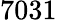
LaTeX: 7031